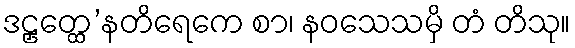
ဒဠှတ္ထေ’နတိရေကေ စာ၊ နဝသေသမှိ တံ တိသု။